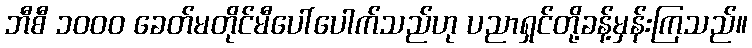
ဘီစီ ၁၀၀၀ ခေတ်မတိုင်မီပေါ်ပေါက်သည်ဟု ပညာရှင်တို့ခန့်မှန်းကြသည်။